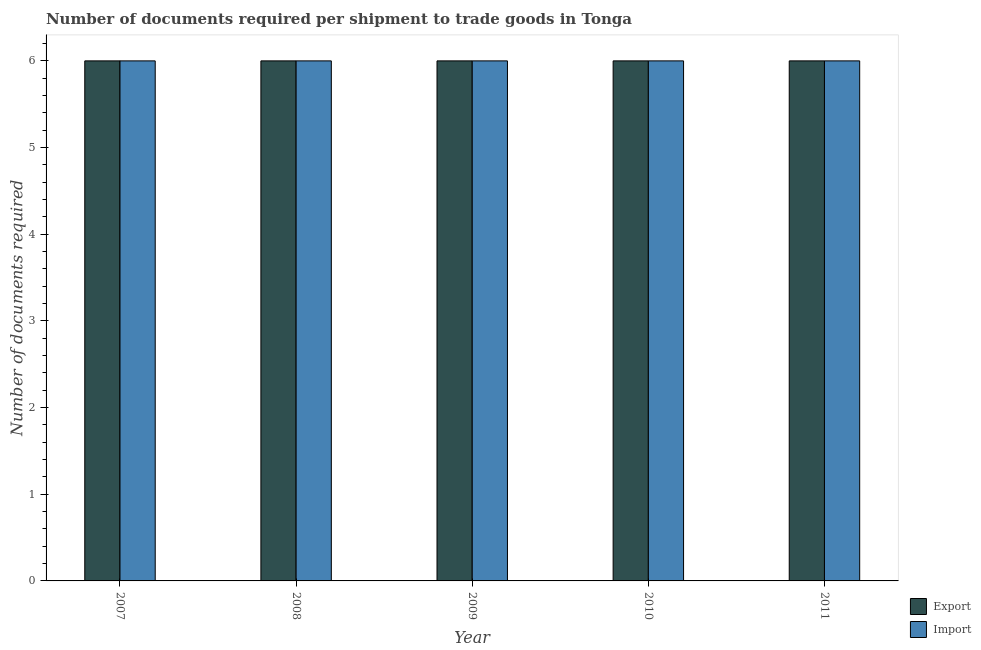
| Year | Export | Import |
 | --- | --- | --- |
 | 2007 | 6 | 6 |
 | 2008 | 6 | 6 |
 | 2009 | 6 | 6 |
 | 2010 | 6 | 6 |
 | 2011 | 6 | 6 |